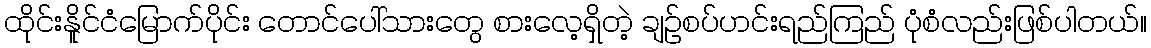
ထိုင်းနိူင်ငံမြောက်ပိုင်း တောင်ပေါ်သားတွေ စားလေ့ရှိတဲ့ ချဉ်စပ်ဟင်းရည်ကြည် ပုံစံလည်းဖြစ်ပါတယ်။